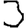
Digit: 3